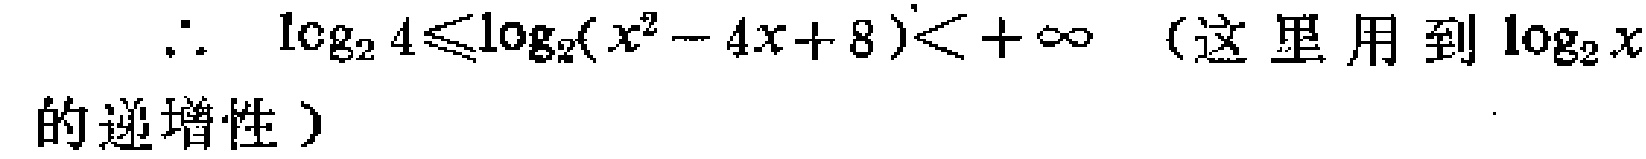
\(\therefore \log_2 4\leqslant\log_2(x^{2}-4x + 8)<+\infty \)（这里用到\(\log_2 x\)的递增性）